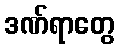
ဒဏ်ရာတွေ